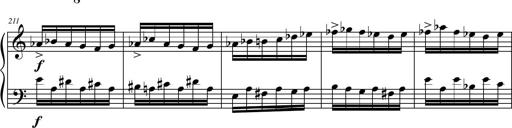
Title: Petite Sonatine
Composer: Richard St. Clair